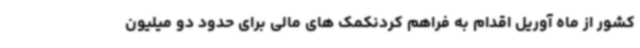
کشور از ماه آوریل اقدام به فراهم کردنکمک های مالی برای حدود دو میلیون